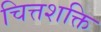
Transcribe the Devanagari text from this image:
चित्तशक्ति